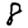
Digit: 8